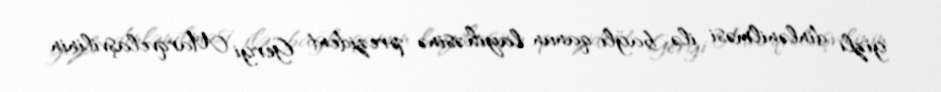
gizli dinlənilməsi ilə bağlı qanun layihəsinə prezident Gergi Marqvelaşvilinin